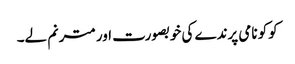
کوکو نامی پرندے کی خوبصورت اور مترنم لے۔